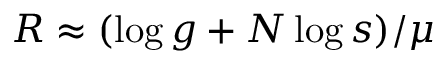
R \approx ( \log g + N \log s ) / \mu